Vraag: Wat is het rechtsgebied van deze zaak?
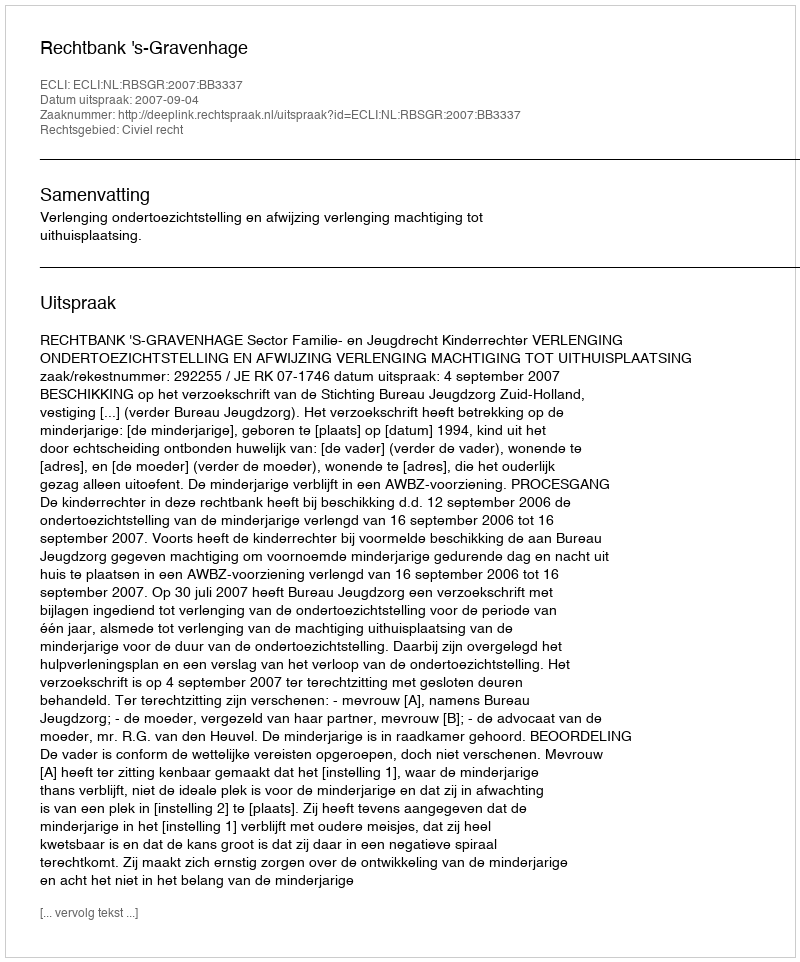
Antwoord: Civiel recht